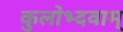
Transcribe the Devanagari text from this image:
कुलोभ्दवाम्